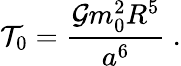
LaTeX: {\cal T}_{0}=\frac{{\cal G}m_{0}^{2}R^{5}}{a^{6}}\ .